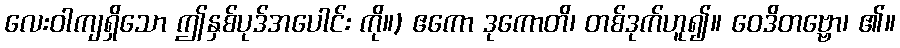
လေးဝါကျရှိသော ဤနှစ်ပုဒ်အပေါင်း ကို။) ဧကော ဒုကောတိ၊ တစ်ဒုက်ဟူ၍။ ဝေဒိတဗ္ဗော၊ ၏။